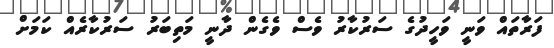
ފަރާތައް ވަނީ ވަހީދުގެ ސަރުކާރު ވެސް ވެގެން ދާނީ މަތިބަރު ސަރުކާރެއް ކަމަށް